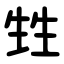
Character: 甡